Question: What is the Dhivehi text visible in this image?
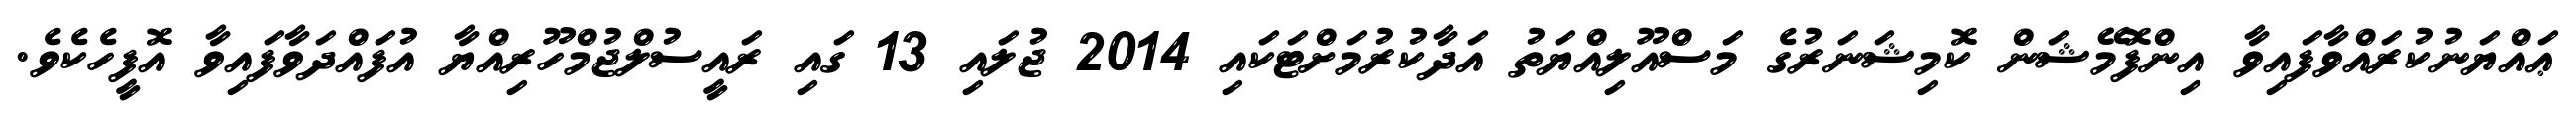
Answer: ޢައްޔަނުކުރައްވާފައިވާ އިންފޮމޭޝަން ކޮމިޝަނަރުގެ މަސްއޫލިއްޔަތު އަދާކުރުމަށްޓަކައި 2014 ޖުލައި 13 ގައި ރައީސުލްޖުމްހޫރިއްޔާ އުފައްދަވާފައިވާ އޮފީހެކެވެ.